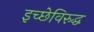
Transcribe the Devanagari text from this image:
इच्छेविरुद्ध